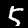
Digit: 5